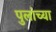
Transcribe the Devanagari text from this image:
पुलांच्या